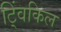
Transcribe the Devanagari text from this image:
ट्विंकिल